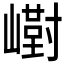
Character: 𪩙